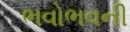
ભવોભવની